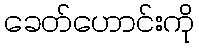
ခေတ်ဟောင်းကို